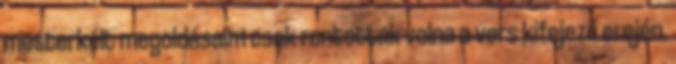
mesterkélt megoldásaim csak rontottak volna a vers kifejező erején.